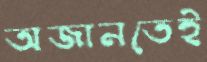
অজানতেই